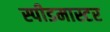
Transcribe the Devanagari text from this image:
स्पीडमास्टर